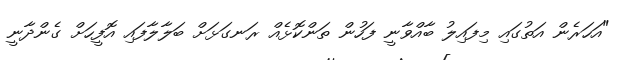
"އަހަރެން އަތުގައި މިފައިލު ބާއްވާނީ ފަހުން ތަންކޮޅެއް ރަނގަޅަށް ބަލާލާފައި އޮފީހަށް ގެންދާނީ